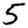
Digit: 5